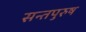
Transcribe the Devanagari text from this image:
सन्तपुरुष